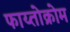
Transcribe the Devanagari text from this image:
फाय्तोक्रोम